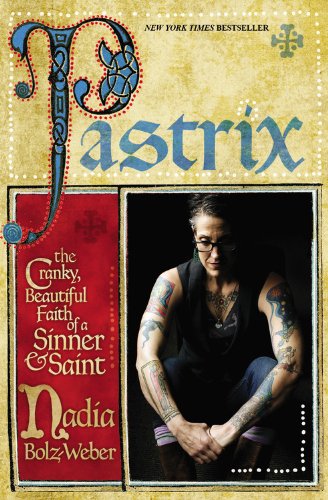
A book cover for Pastrix: The Cranky, Beautiful Faith of a Sinner & Saint; Nadia Bolz-Weber; Health, Fitness & Dieting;